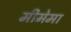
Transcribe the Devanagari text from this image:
मीमेमा